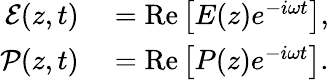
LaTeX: \begin{array}{rl}{\mathcal{E}(z,t)}&{{}=\mathrm{Re}\left[E(z)e^{-i\omega t}\right],}\\ {\mathcal{P}(z,t)}&{{}=\mathrm{Re}\left[P(z)e^{-i\omega t}\right].}\end{array}